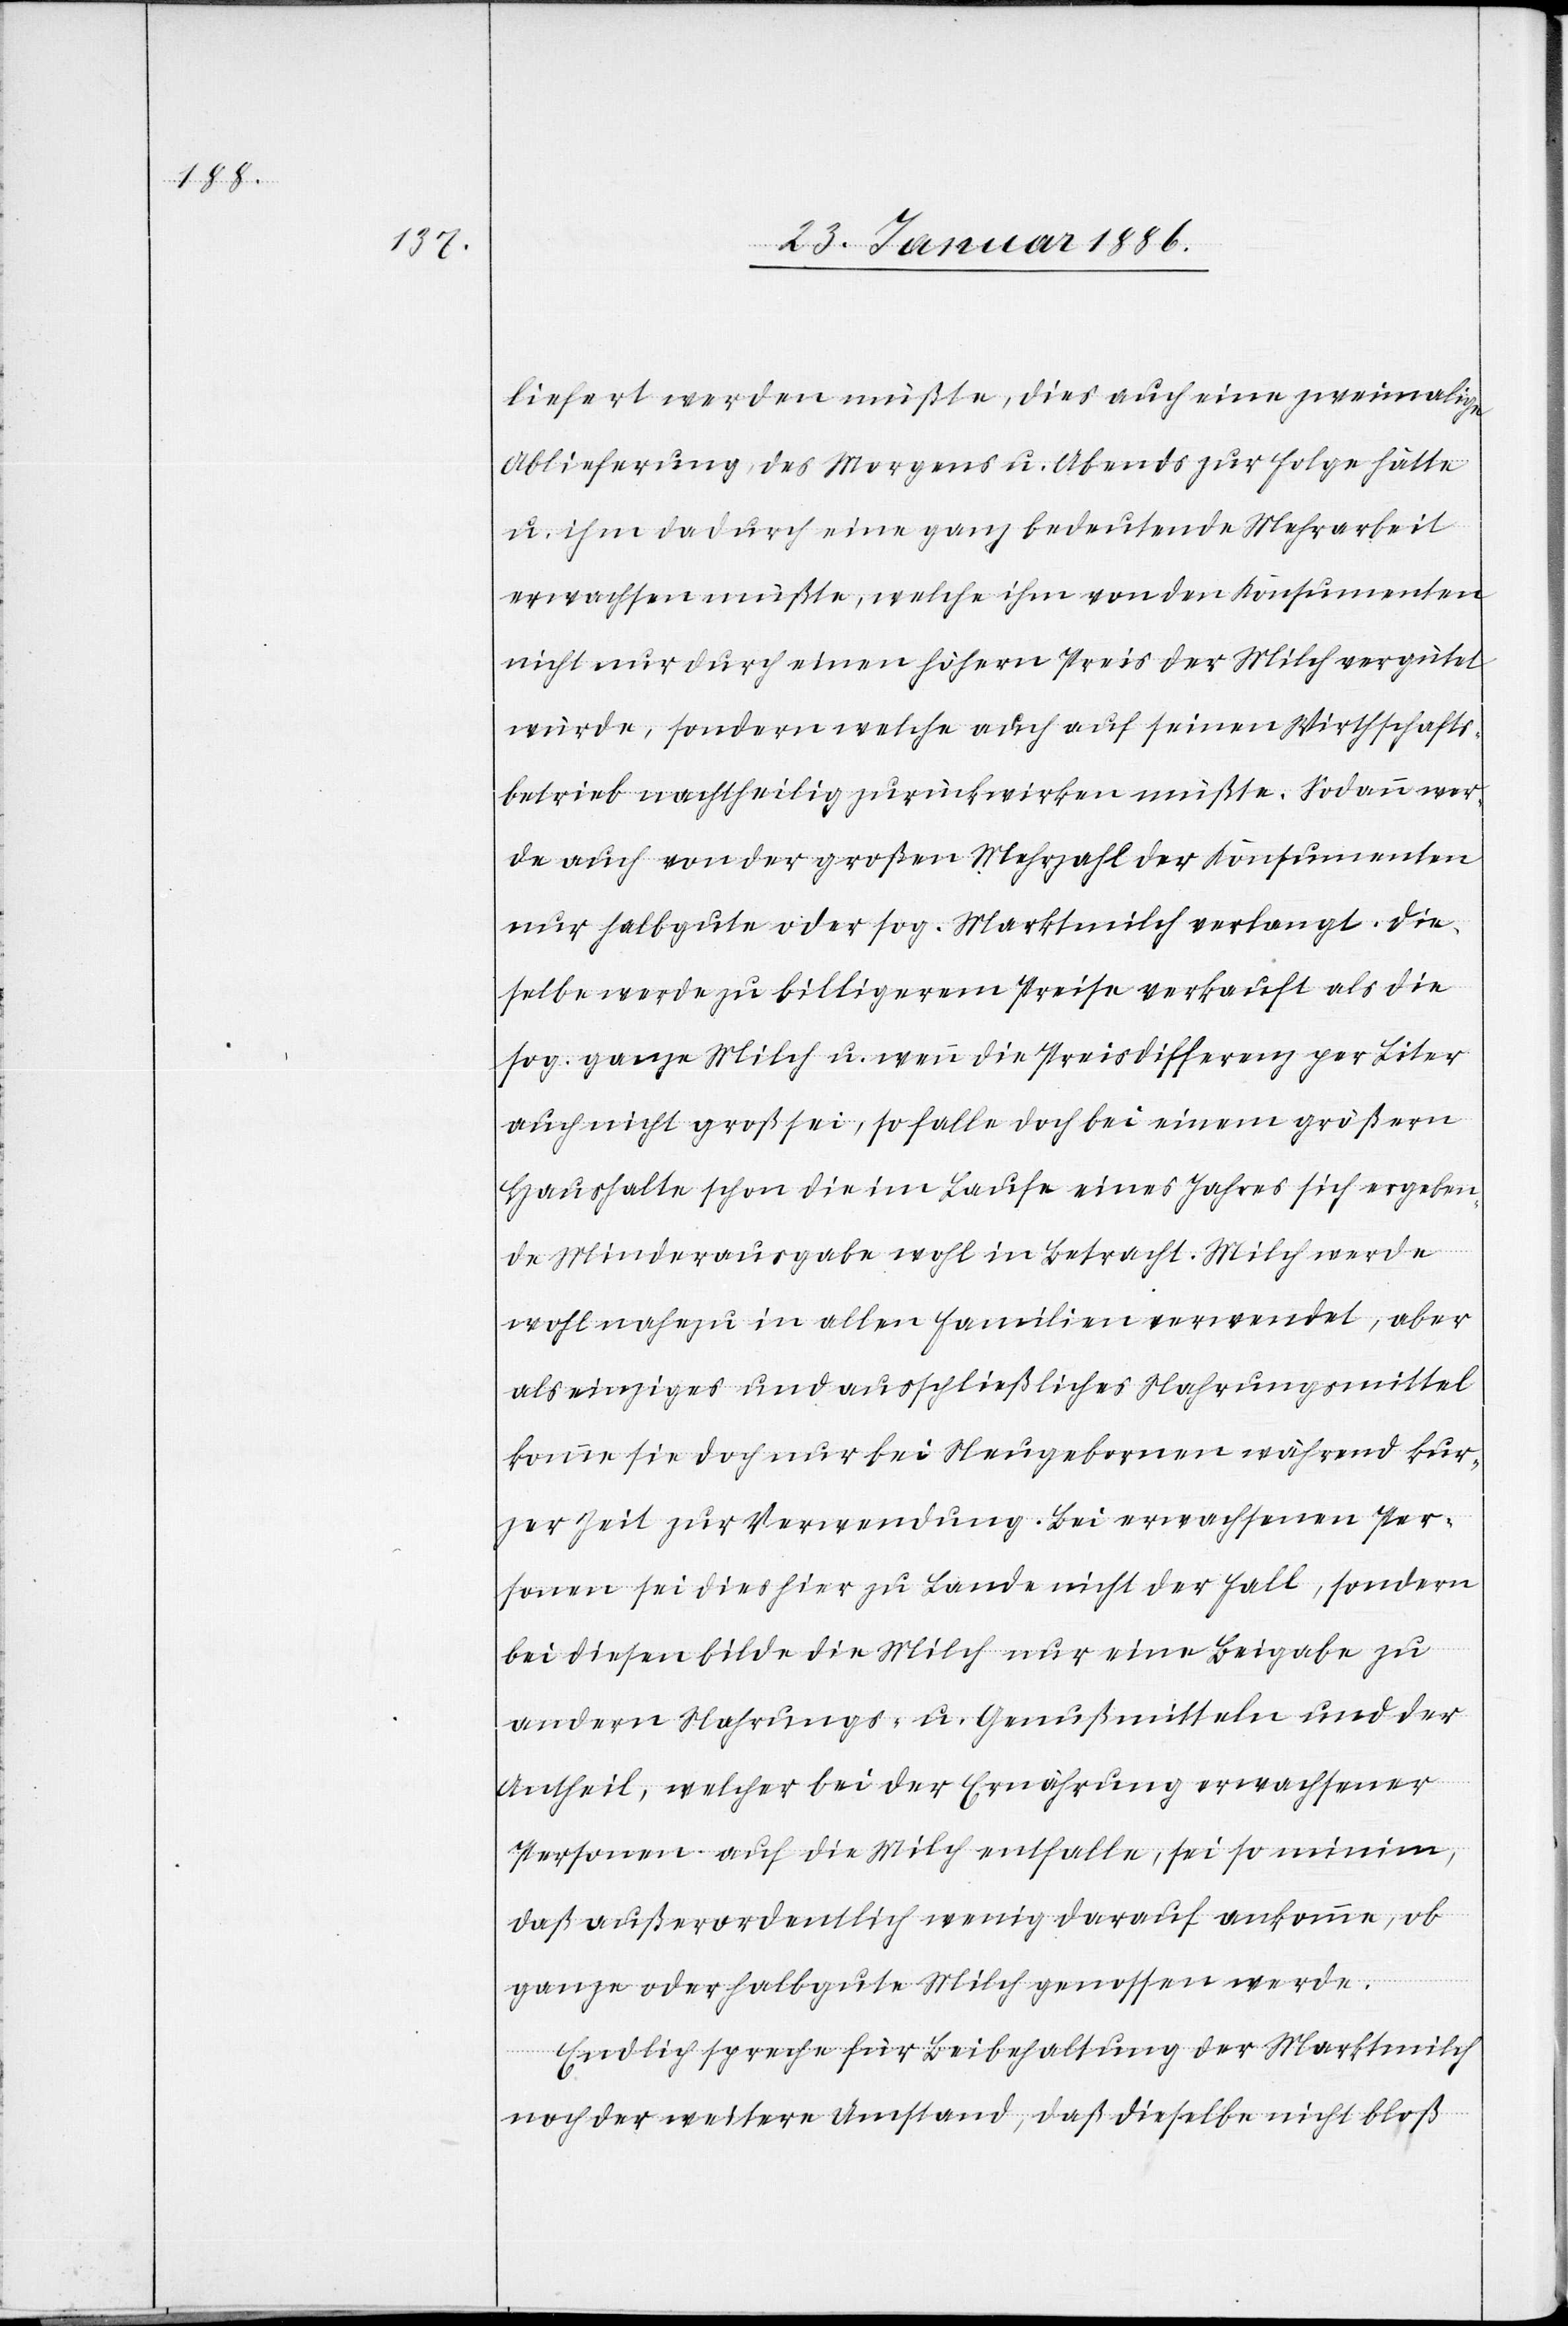
liefert werden müßte, dies auch eine zweimalige
Ablieferung, des Morgens u. Abends zur Folge hätte
u. ihm dadurch eine ganz bedeutende Mehrarbeit
erwachsen müßte, welche ihm von den Konsumenten
nicht nur durch einen höhern Preis der Milch vergütet
würde, sondern welche auch auf seinen Wirthschafts¬
betrieb nachtheilig zurückwirken müßte. Sodann wer¬
de auch von der großen Mehrzahl der Konsumenten
nur halbgute oder sog. Marktmilch verlangt. Die¬
selbe werde zu billigerem Preise verkauft als die
sog. ganze Milch u. wenn die Preisdifferenz per Liter
auch nicht groß sei, so falle doch bei einem größern
Haushalte schon die im Laufe eines Jahres sich ergeben¬
de Minderausgabe wohl in Betracht. Milch werde
wohl nahezu in allen Familien verwendet, aber
als einziges und ausschließliches Nahrungsmittel
komme sie doch nur bei Neugebornen während kur¬
zer Zeit zur Verwendung. Bei erwachsenen Per¬
sonen sei dies hier zu Lande nicht der Fall, sondern
bei diesen bilde die Milch nur eine Beigabe zu
andern Nahrungs- u. Genußmitteln und der
Antheil, welcher bei der Ernährung erwachsener
Personen auf die Milch entfalle, sei so minim,
daß außerordentlich wenig darauf ankomme, ob
ganze oder halbgute Milch genossen werde.
Endlich spreche für Beibehaltung der Marktmilch
noch der weitere Umstand, daß dieselbe nicht bloß